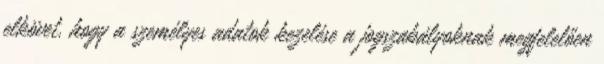
elkövet, hogy a személyes adatok kezelése a jogszabályoknak megfelelően